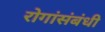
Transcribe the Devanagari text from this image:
रोगांसंबंधी